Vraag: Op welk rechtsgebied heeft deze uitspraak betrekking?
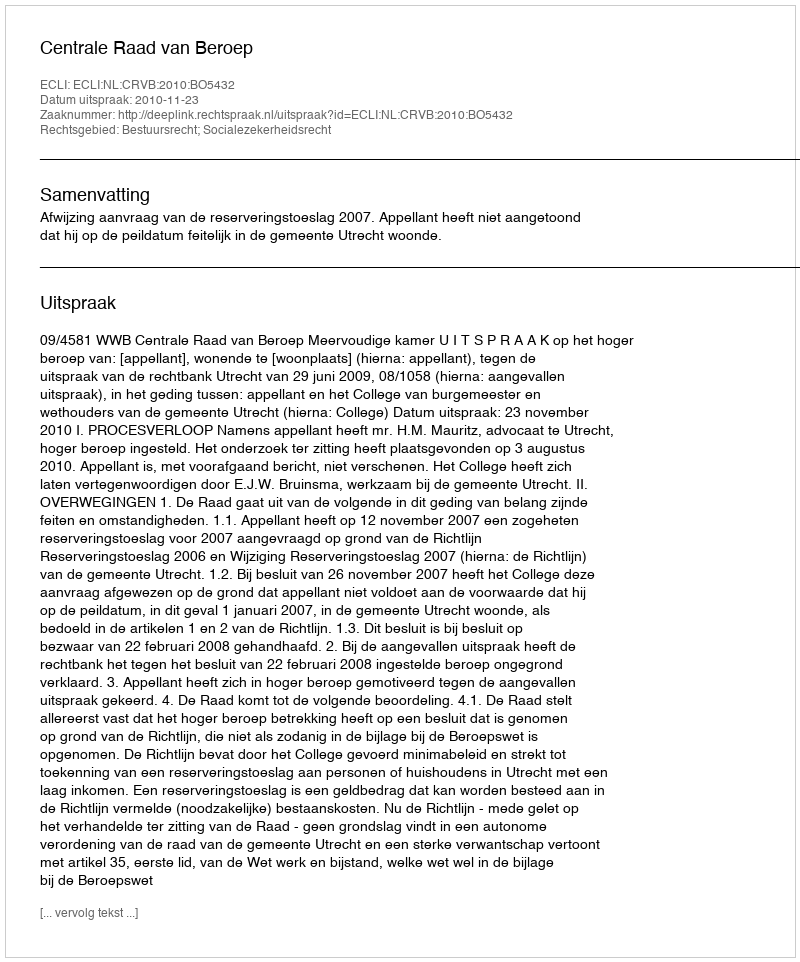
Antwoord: Bestuursrecht; Socialezekerheidsrecht